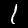
Digit: 1